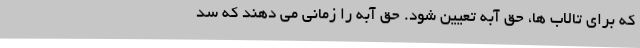
که برای تالاب ها، حق آبه تعیین شود. حق آبه را زمانی می دهند که سد